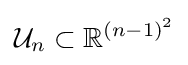
{\mathcal {U}}_{n}\subset \mathbb {R} ^{(n-1)^{2}}